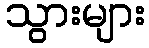
သွားများ